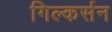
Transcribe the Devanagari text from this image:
गिल्कर्सन